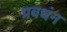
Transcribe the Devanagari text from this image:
प्रबधंन